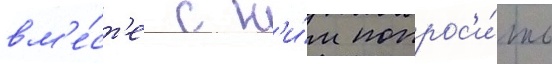
вм'е́ст'е с н'и́м попрос'и́ть